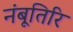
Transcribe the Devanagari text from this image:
नंबूतिरि